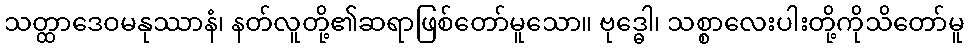
သတ္ထာဒေဝမနုဿာနံ၊ နတ်လူတို့၏ဆရာဖြစ်တော်မူသော။ ဗုဒ္ဓေါ၊ သစ္စာလေးပါးတို့ကိုသိတော်မူ